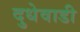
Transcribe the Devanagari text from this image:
दुधेवाडी